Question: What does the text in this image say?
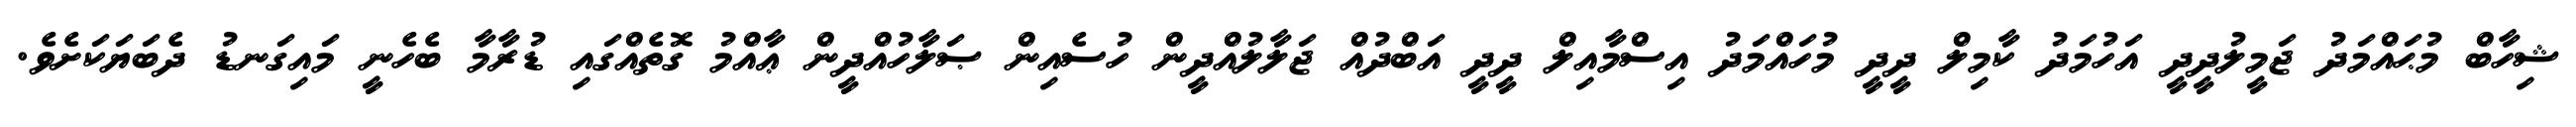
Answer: ޝިހާބް މުޙައްމަދު ޖަމީލުދީދީ އަހުމަދު ކާމިލް ދީދީ މުހައްމަދު އިސްމާއިލް ދީދީ އަބްދުއް ޖަލާލުއްދީން ހުސެއިން ޞަލާހުއްދީން ޢާއްމު ގޮތެއްގައި ޑުރާމާ ބެހެނީ މައިގަނޑު ދެބަޔަކަށެވެ.